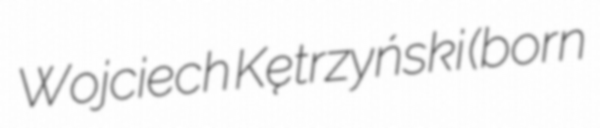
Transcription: Wojciech Kętrzyński (born